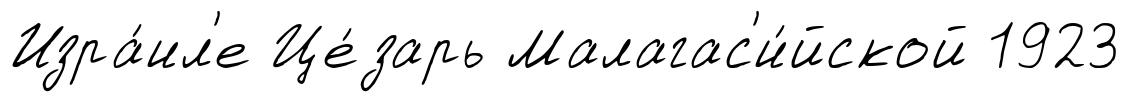
Изра́ил'е Це́зарь Малагас'и́йской 1923